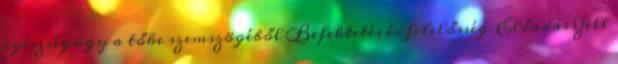
egészségügy a tőke szemszögéből Befektetés és felelősség Előadás Zell